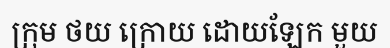
ក្រុម ថយ ក្រោយ ដោយឡែក មួយ